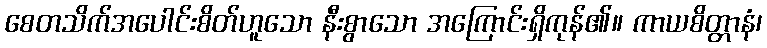
စေတသိက်အပေါင်းစိတ်ဟူသော နီးစွာသော အကြောင်းရှိကုန်၏။ ကာယစိတ္တာနံ၊